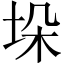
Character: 垛